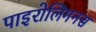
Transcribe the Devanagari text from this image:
पाइरोलिगनस